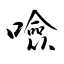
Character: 噞